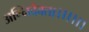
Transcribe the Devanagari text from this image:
अग्निदेवता।।।।।।